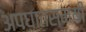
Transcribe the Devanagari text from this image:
अपघातसमयी